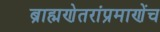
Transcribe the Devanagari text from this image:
ब्राह्मणेतरांप्रमाणेंच